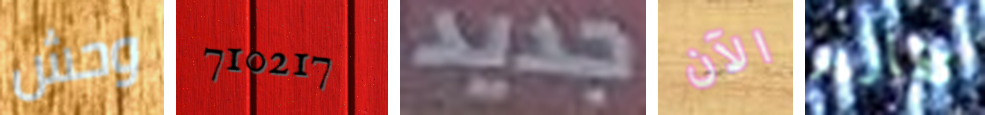
وحش 710217 جديد الآن تقارير